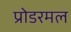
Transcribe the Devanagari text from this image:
प्रोडरमल